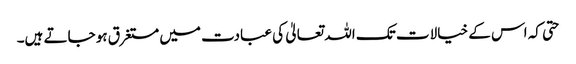
حتی کہ اس کے خیالات تک اللہ تعالیٰ کی عبادت میں مستغرق ہو جاتے ہیں۔